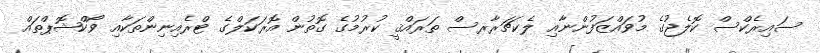
ސައިރެކްސް ކޮލެޖުގެ މުވައްޒަފުންނާއި ލެކޗަރާރސް ތަރައްޤީ ކުރުމުގެ ގޮތުން އޮރަކަލްގެ ޓްރެއިނިންތަކާއި ވޯކްޝޮޕްތައް